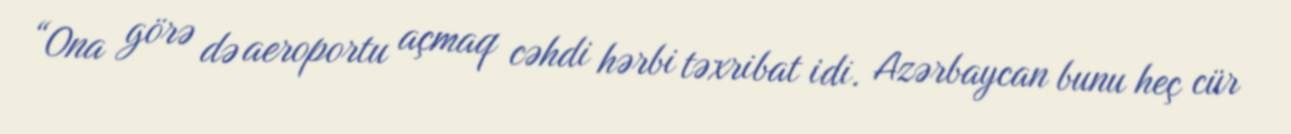
“Ona görə də aeroportu açmaq cəhdi hərbi təxribat idi. Azərbaycan bunu heç cür